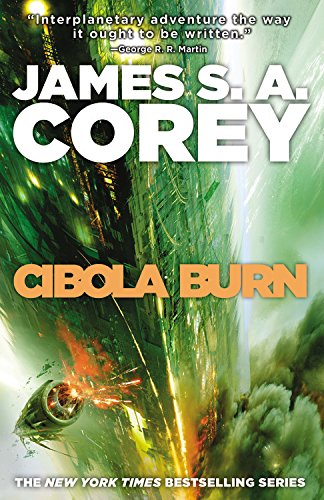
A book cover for Cibola Burn (The Expanse); James S.A. Corey; Science Fiction & Fantasy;